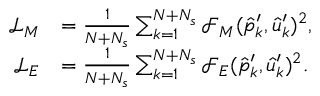
\begin{array} { r l } { \mathcal { L } _ { M } } & { = \frac { 1 } { N + N _ { s } } \sum _ { k = 1 } ^ { N + N _ { s } } \mathcal { F } _ { M } ( \hat { p } _ { k } ^ { \prime } , \hat { u } _ { k } ^ { \prime } ) ^ { 2 } , } \\ { \mathcal { L } _ { E } } & { = \frac { 1 } { N + N _ { s } } \sum _ { k = 1 } ^ { N + N _ { s } } \mathcal { F } _ { E } ( \hat { p } _ { k } ^ { \prime } , \hat { u } _ { k } ^ { \prime } ) ^ { 2 } . } \end{array}